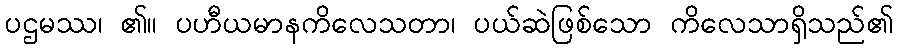
ပဌမဿ၊ ၏။ ပဟီယမာနကိလေသတာ၊ ပယ်ဆဲဖြစ်သော ကိလေသာရှိသည်၏